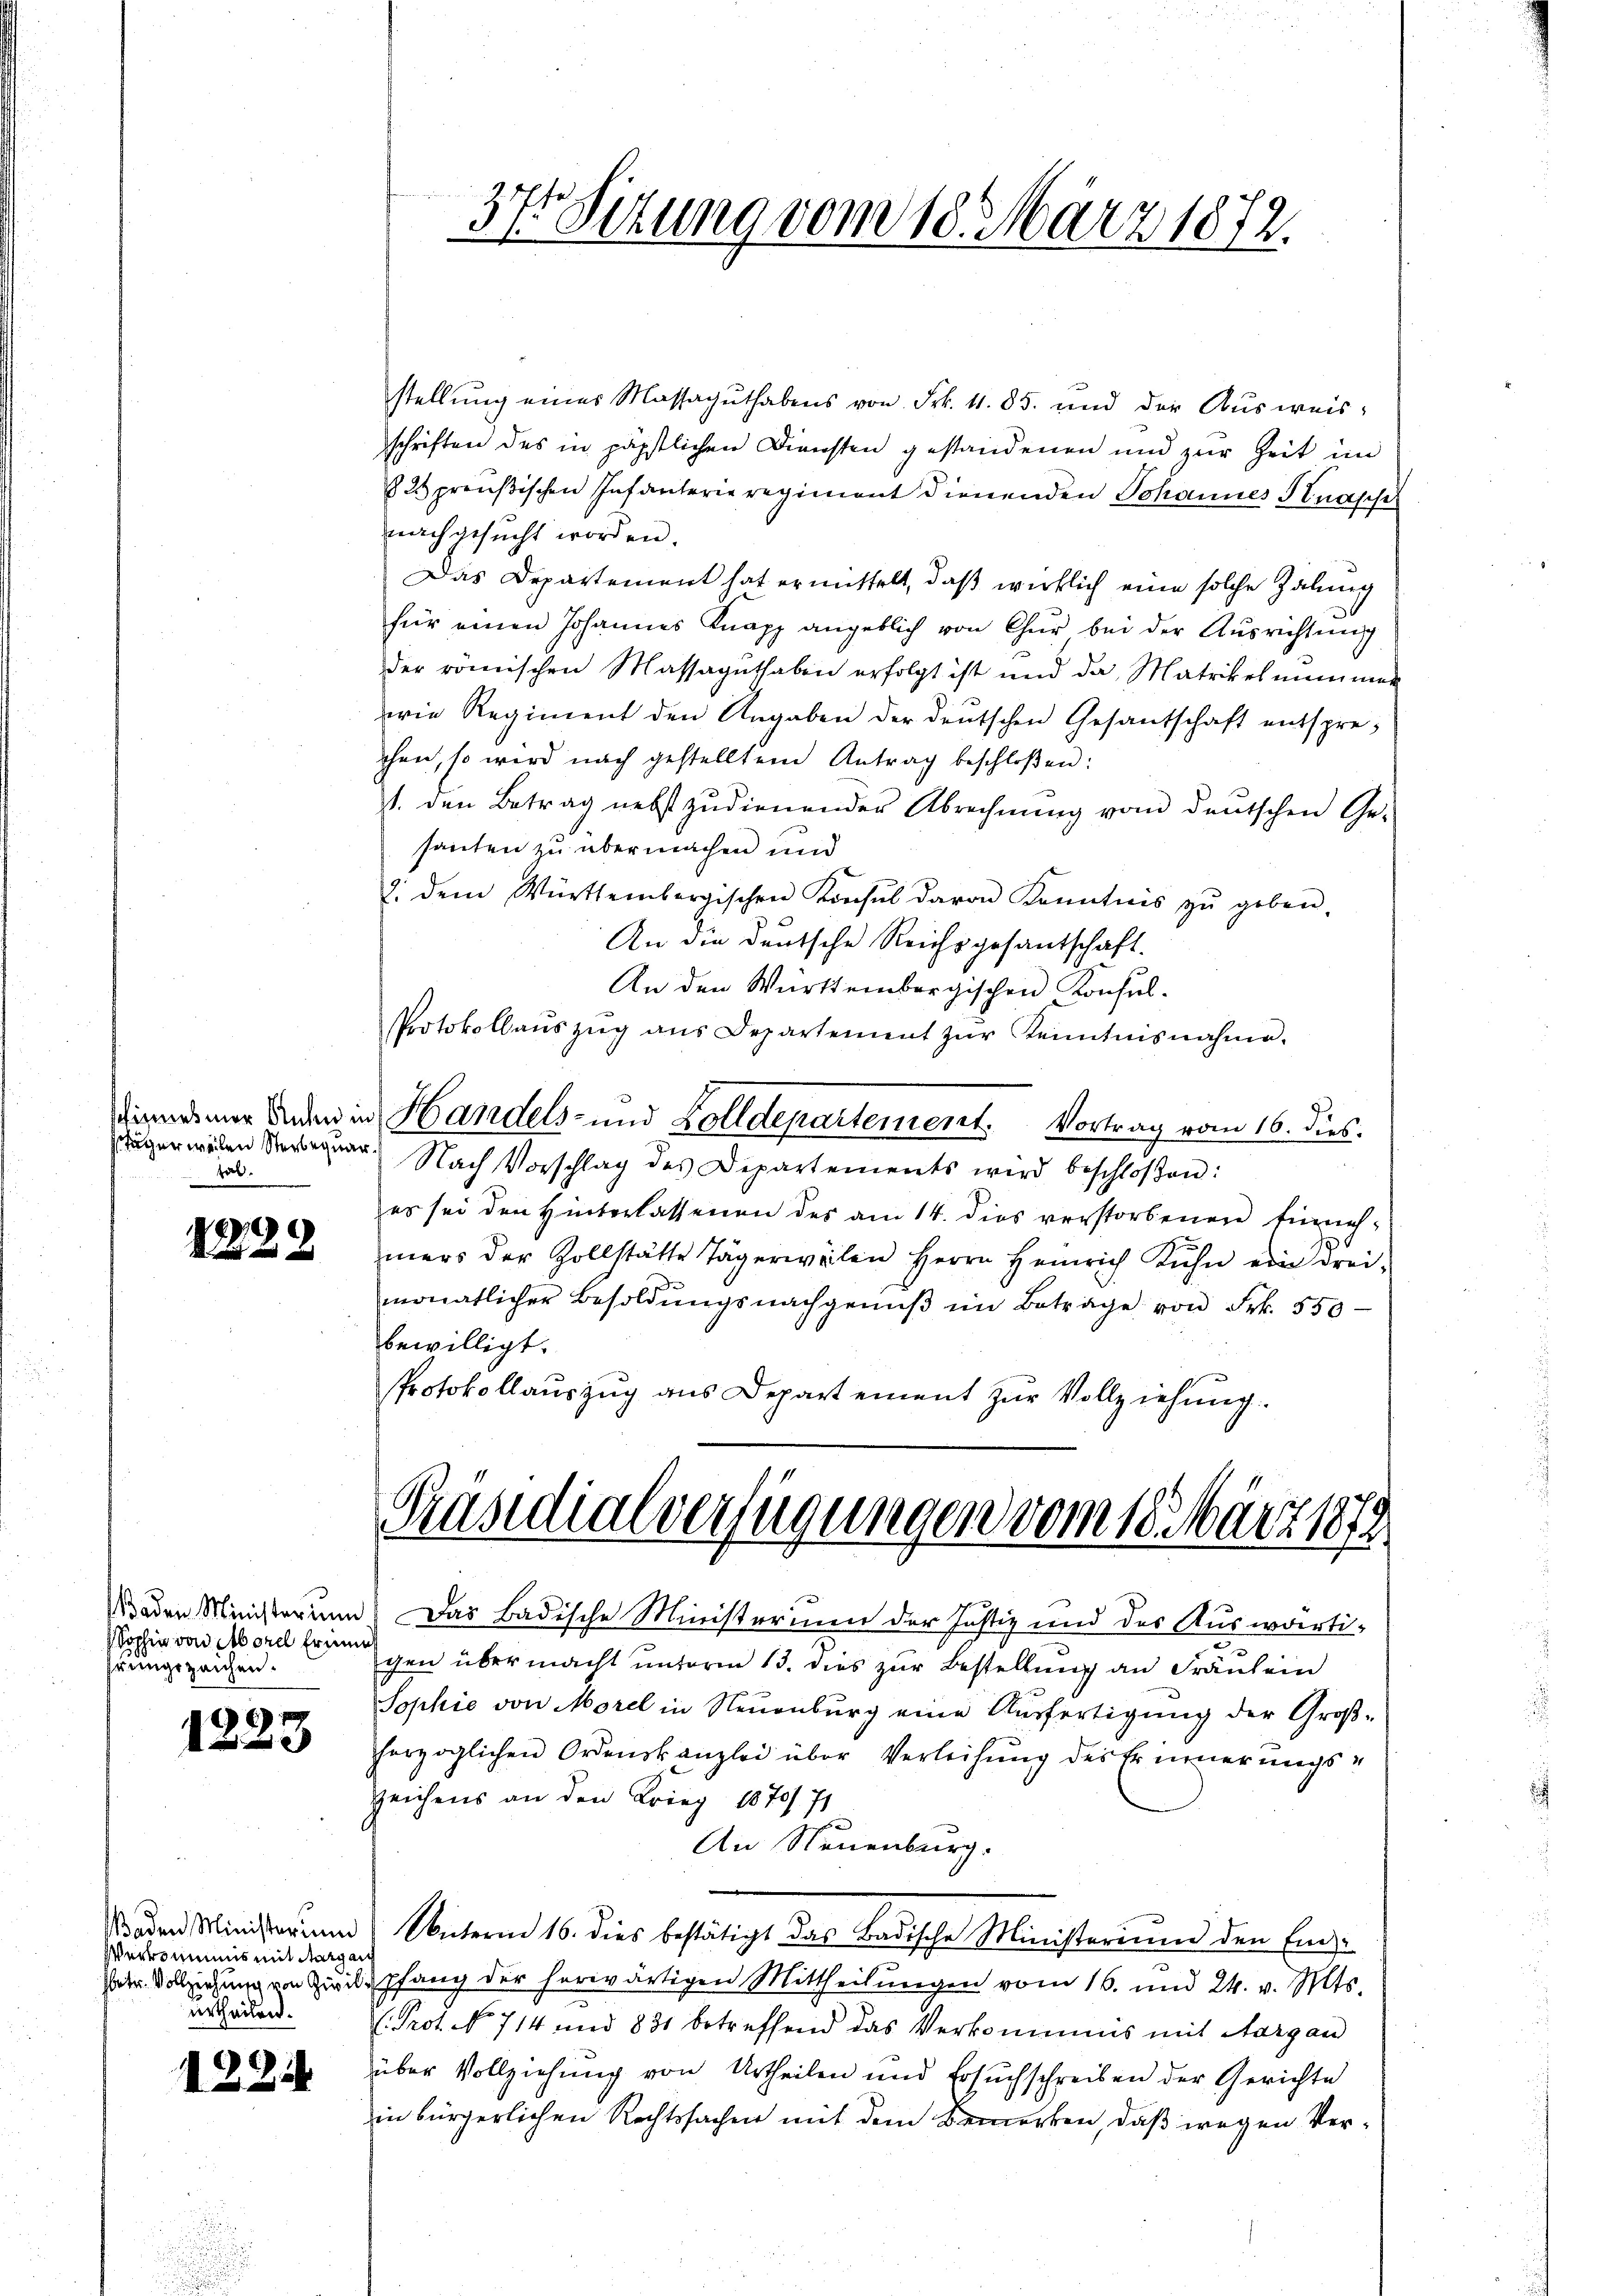
Jäger weilen Sterbequara

2228

Baden Ministerium
Sophie von Morel Erinnen
reingezeichen.

1223

Baden Ministerim
Weiommuns mit Margau
urtheilen.

1284

stellŭng einer Massaguthabens von Frk. 4. 85. und der Aŭsweisschriften des in päpstlichen Diensten gestandenen und zur Zeit im
82 preußischen Infanterie regiment dienenden Johannes Knasse
nachgesucht worden.
Das Departement hat ermittelt, daß wirklich eine solche Zahung
für einen Johannes Knapp angeblich von Chur bei der Aŭsrichtŭng
der römischen Massaguthaben erfolgt ist und da Matrikel nimmer
erie Regiment den Angaben der deutschen Gesantschaft entspreschen, so wird nach gestelltem Antrag beschloßen:
1. den Betrag nebst zudienender Abrechnung vom deutschen Ge-
santen zu übermachen und
8. dem Württembergischen Konsul davon Kenntnis zŭ geben.
An die deutsche Reichsgesantschaft.
An den Württembergischen Konsul-
Protokollaŭszŭg ans Departement zŭr Kenntnisnahme.
dienes nur Anden in Handels- und Zolldepartement. Vortrag vom 16. dies
Nach Vorschlag des Departements wird beschloßen:
es sei den Hinterlassenen des am 14. dies verstorbenen Einnahmers der Zollstätte Tägerweilen Herrn Heinrich Kuhn ein drei-
monatlicher Besoldungsnachgenuß im Betrage von Frk. 550
bewilligt.
Protokollauszug aus Departement zur Vollziehung.

37r Sitzung vom 18. März 1872.

Präsidialverfügungen vom 18. März 1872

Das Badische Ministerium der Justiz und des Auswärtigen übermacht unterm 13. dies zur Bestellung an Fräulein
Sophie von Morel in Neuenburg eine Ausfertigung der Großherzoglichen Ordenskanzlei über Verleihung des Erinnerungs¬
Zeichens an den Krieg 1870/71
An Neuenburg.
Unterm 16. dies bestätigt das Badische Ministerium den Ein¬
Petr. Vollziehung von Zivilpfang der herwärtigen Mittheilŭngen vom 16. und 24. v. Mts.
h. Prot. No 714 und 831 betreffend das Verkommnis mit Aargau
über Vollziehung von Urtheilen und Ersuchschreiben der Gerichte
in bürgerlichen Rechtssachen mit dem Bemerken, daß wegen Ver¬